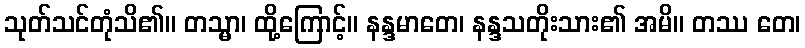
သုတ်သင်တုံသိ၏။ တသ္မာ၊ ထို့ကြောင့်။ နန္ဒမာတေ၊ နန္ဒသတိုးသား၏ အမိ။ တဿ တေ၊